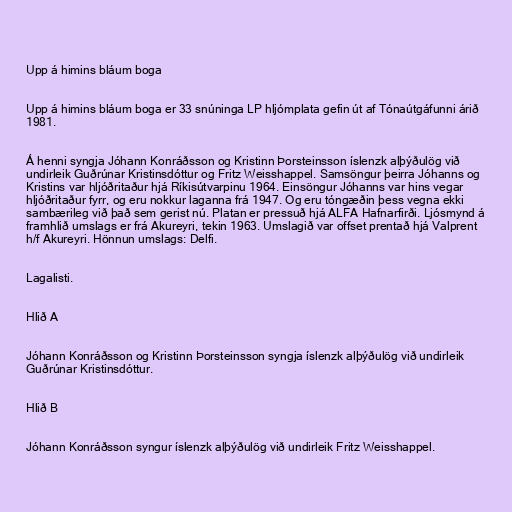
Upp á himins bláum boga

Upp á himins bláum boga er 33 snúninga LP hljómplata gefin út af Tónaútgáfunni árið
1981.

Á henni syngja Jóhann Konráðsson og Kristinn Þorsteinsson íslenzk alþýðulög við
undirleik Guðrúnar Kristinsdóttur og Fritz Weisshappel. Samsöngur þeirra Jóhanns og
Kristins var hljóðritaður hjá Ríkisútvarpinu 1964. Einsöngur Jóhanns var hins vegar
hljóðritaður fyrr, og eru nokkur laganna frá 1947. Og eru tóngæðin þess vegna ekki
sambærileg við það sem gerist nú. Platan er pressuð hjá ALFA Hafnarfirði. Ljósmynd á
framhlið umslags er frá Akureyri, tekin 1963. Umslagið var offset prentað hjá Valprent
h/f Akureyri. Hönnun umslags: Delfi.

Lagalisti.

Hlið A

Jóhann Konráðsson og Kristinn Þorsteinsson syngja íslenzk alþýðulög við undirleik
Guðrúnar Kristinsdóttur.

Hlið B

Jóhann Konráðsson syngur íslenzk alþýðulög við undirleik Fritz Weisshappel.